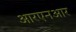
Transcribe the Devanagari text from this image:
आरएनआर